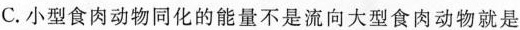
C.小型食肉动物同化的能量不是流向大型食肉动物就是